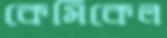
কেমিকেল